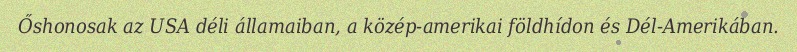
Őshonosak az USA déli államaiban, a közép-amerikai földhídon és Dél-Amerikában.